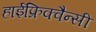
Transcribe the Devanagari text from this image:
हाईफ्रिक्वैन्सी